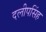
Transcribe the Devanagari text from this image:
दलीपसिंह